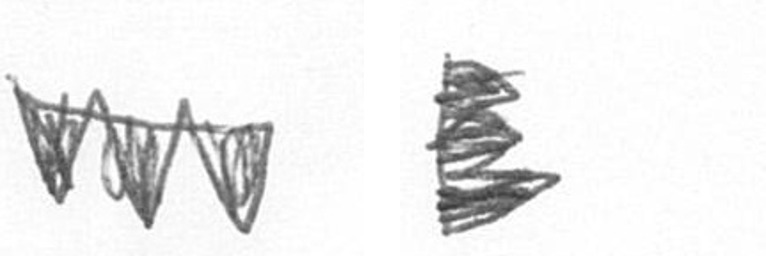
L H